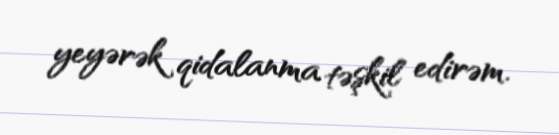
yeyərək qidalanma təşkil edirəm.